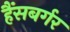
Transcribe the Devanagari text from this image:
हैंसबर्गर